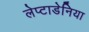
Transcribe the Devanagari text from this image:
लेप्टाडेनिया